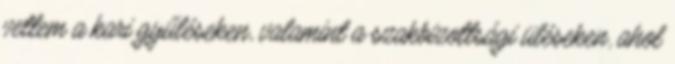
vettem a kari gyűléseken, valamint a szakbizottsági üléseken, ahol